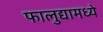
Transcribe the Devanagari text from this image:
फालुद्यामध्ये